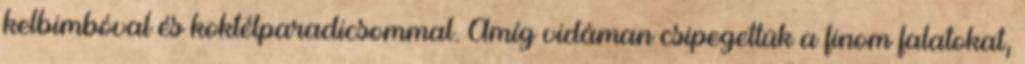
kelbimbóval és koktélparadicsommal. Amíg vidáman csipegettük a finom falatokat,